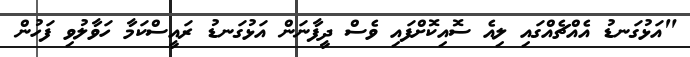
"އަޅުގަނޑު އެއްޗެއްގައި ލިއެ ސޮއިކޮށްފައި ވެސް ދީފާނަން އަޅުގަނޑު ރައީސްކަމާ ހަވާލުވި ފަހުން